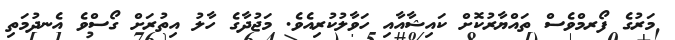
މަރުގެ ފޯރމްވެސް ތައްޔާރުކޮށް ކައިޝާއާއި ހަވާލުކުރިއެވެ. މަޖުދާގެ ހާލު އިތުރަށް ގޯސްވެ އެނދުމަތި